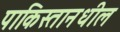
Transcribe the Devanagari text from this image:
पाकिस्तानधील